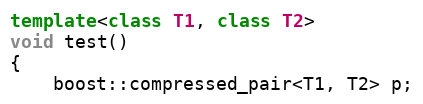
Language: C++
template<class T1, class T2>
void test()
{
    boost::compressed_pair<T1, T2> p;